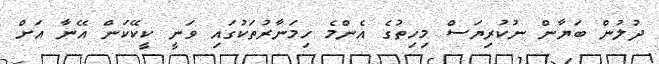
ދުލުން ބަޔާން ނުކުރިޔަސް މިހިތުގެ އެންމެ ހިމަނާރުތަކުގައި ވަނީ ކީކޭކަން އޭނާ އަށް